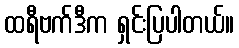
ထရီဗက်ဒီက ရှင်းပြပါတယ်။